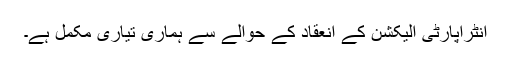
انٹراپارٹی الیکشن کے انعقاد کے حوالے سے ہماری تیاری مکمل ہے۔